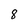
Character: 8